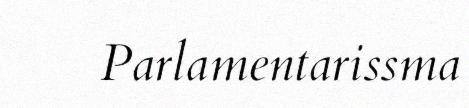
Parlamentarissma